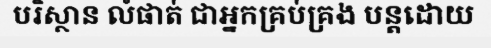
បរិស្ថាន លំផាត់ ជាអ្នកគ្រប់គ្រង បន្តដោយ